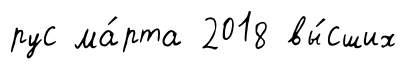
рус ма́рта 2018 вы́сших